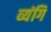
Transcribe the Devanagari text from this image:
व्यंगि